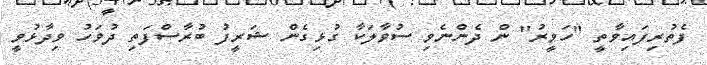
ފެތުރިފައިވާތީ "ހަވީރު" ން ދެންނެވި ސުވާލަކާ ގުޅިގެން ޝަރީފު ބުރާސްފަތި ދުވަހު ވިދާޅުވީ